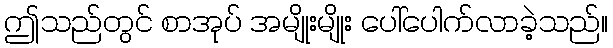
ဤသည်တွင် စာအုပ် အမျိုးမျိုး ပေါ်ပေါက်လာခဲ့သည်။